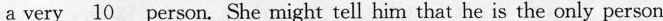
a very \underline{10} person. She might tell him that he is the only person